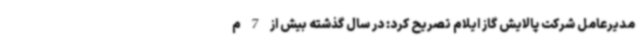
مدیرعامل شرکت پالایش گاز ایلام تصریح کرد: در سال گذشته بیش از 7 م